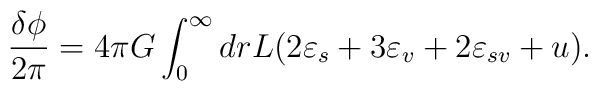
\frac{\delta\phi}{2\pi}=4\pi G\int _{0}^\infty dr L(2\varepsilon _s +3\varepsilon _v + 2\varepsilon _{sv} +u).